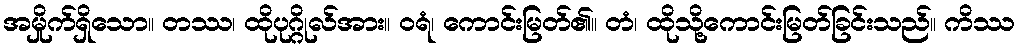
အမှိုက်ရှိသော။ တဿ၊ ထိုပုဂ္ဂိုလ်အား။ ဝရံ၊ ကောင်းမြတ်၏။ တံ၊ ထိုသို့ကောင်းမြတ်ခြင်းသည်။ ကိဿ